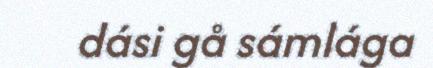
dási gå sámlága